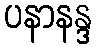
ပနာနန္ဒ